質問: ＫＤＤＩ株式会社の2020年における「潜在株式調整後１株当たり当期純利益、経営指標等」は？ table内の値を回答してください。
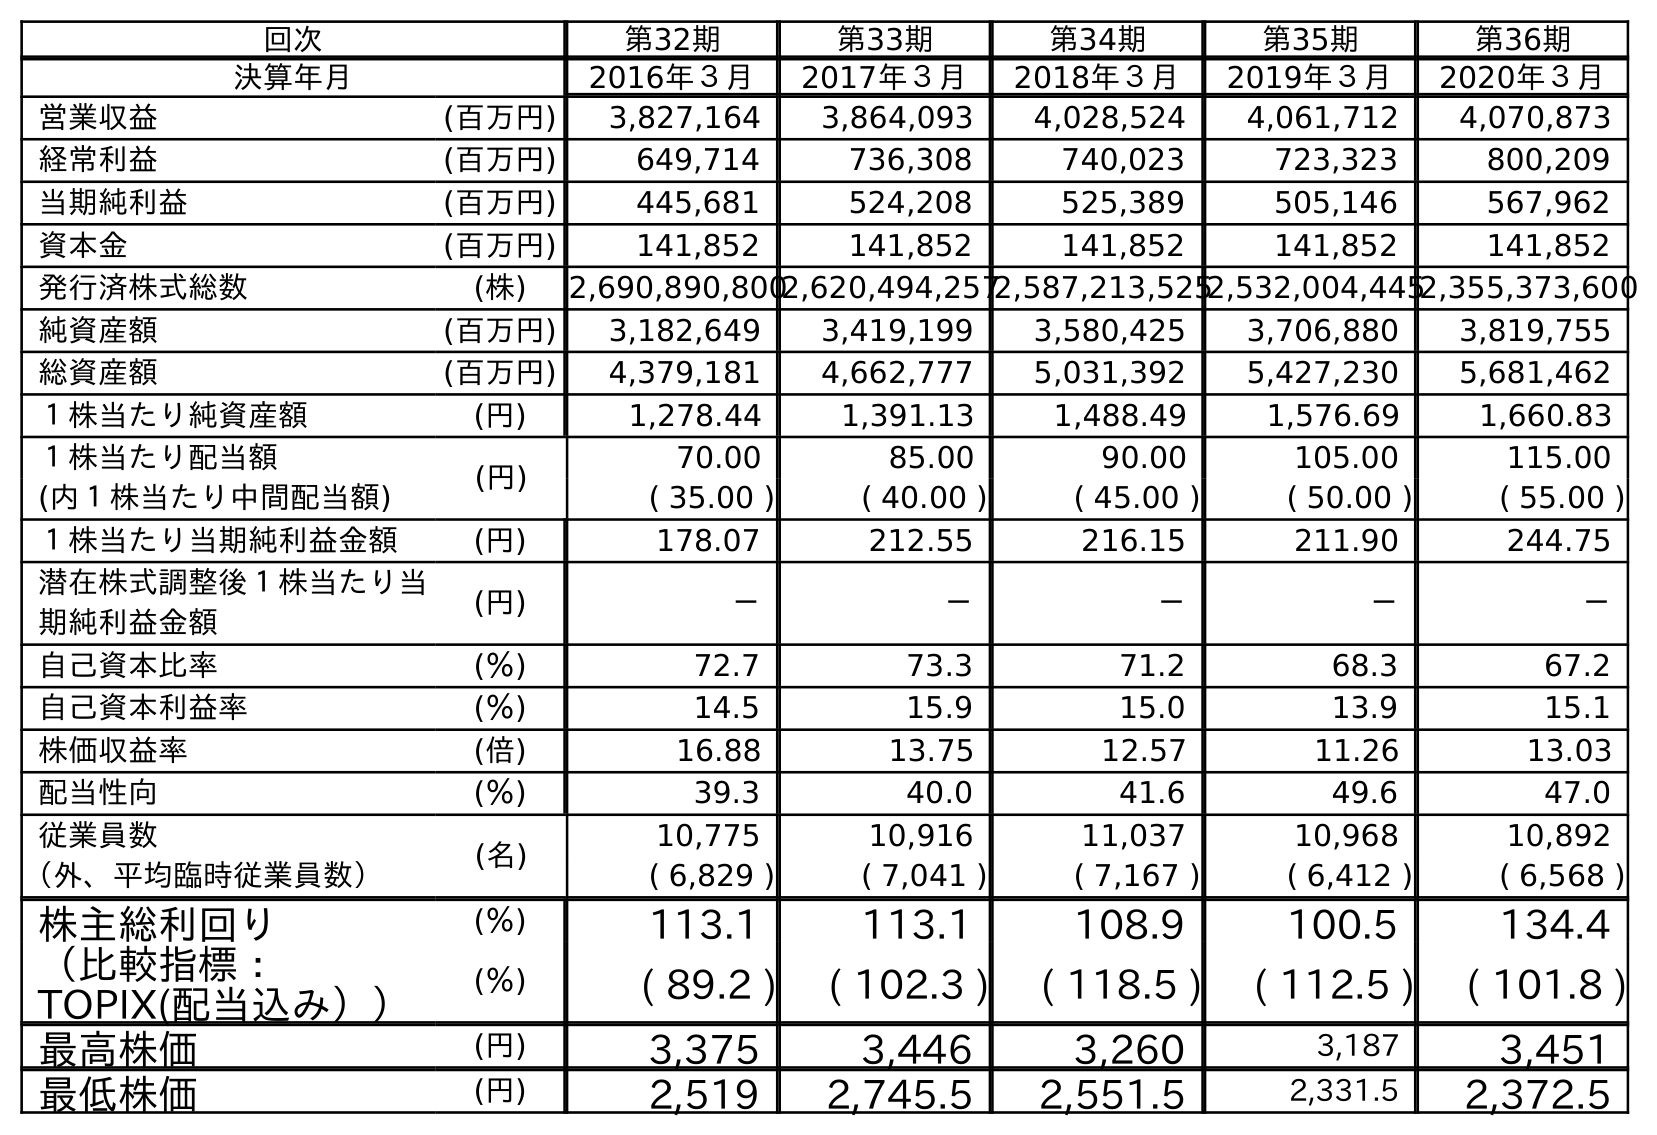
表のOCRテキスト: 回次 第32期 第33期 第34期 第35期 第36期 決算年月 2016年３月 2017年３月 2018年３月 2019年３月 2020年３月 営業収益 (百万円) 3,827,164 3,864,093 4,028,524 4,061,712 4,070,873 経常利益 (百万円) 649,714 736,308 740,023 723,323 800,209 当期純利益 (百万円) 445,681 524,208 525,389 505,146 567,962 資本金 (百万円) 141,852 141,852 141,852 141,852 141,852 発行済株式総数 (株) 2,690,890,8002,620,494,2572,587,213,5252,532,004,4452,355,373,600 純資産額 (百万円) 3,182,649 3,419,199 3,580,425 3,706,880 3,819,755 総資産額 (百万円) 4,379,181 4,662,777 5,031,392 5,427,230 5,681,462 １株当たり純資産額 (円) 1,278.44 1,391.13 1,488.49 1,576.69 1,660.83 １株当たり配当額 (円) 70.00 85.00 90.00 105.00 115.00 (内１株当たり中間配当額) ( 35.00 ) ( 40.00 ) ( 45.00 ) ( 50.00 ) ( 55.00 ) １株当たり当期純利益金額 (円) 178.07 212.55 216.15 211.90 244.75 潜在株式調整後１株当たり当 期純利益金額 (円) － － － － － 自己資本比率 (％) 72.7 73.3 71.2 68.3 67.2 自己資本利益率 (％) 14.5 15.9 15.0 13.9 15.1 株価収益率 (倍) 16.88 13.75 12.57 11.26 13.03 配当性向 (％) 39.3 40.0 41.6 49.6 47.0 従業員数 (名) 10,775 10,916 11,037 10,968 10,892 （外、平均臨時従業員数） ( 6,829 ) ( 7,041 ) ( 7,167 ) ( 6,412 ) ( 6,568 ) 株主総利回り (％) 113.1 113.1 108.9 100.5 134.4 （比較指標： TOPIX(配当込み）） (％) ( 89.2 ) ( 102.3 ) ( 118.5 ) ( 112.5 ) ( 101.8 ) 最高株価 (円) 3,375 3,446 3,260 3,187 3,451 最低株価 (円) 2,519 2,745.5 2,551.5 2,331.5 2,372.5
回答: －